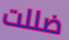
ضللت